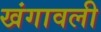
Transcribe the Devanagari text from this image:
खंगावली